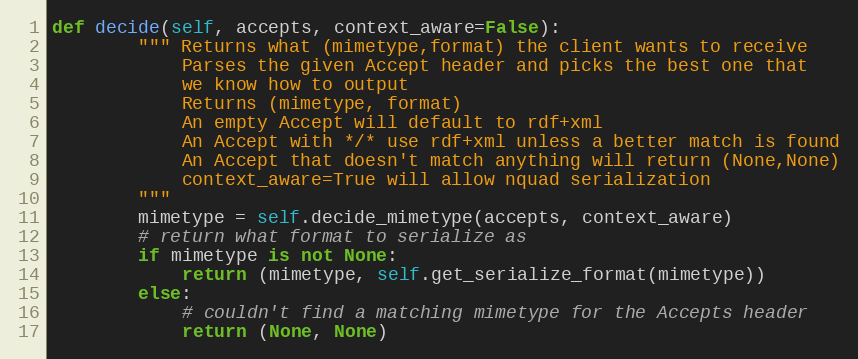
Language: Python
def decide(self, accepts, context_aware=False):
		""" Returns what (mimetype,format) the client wants to receive
		    Parses the given Accept header and picks the best one that
		    we know how to output
		    Returns (mimetype, format)
		    An empty Accept will default to rdf+xml
		    An Accept with */* use rdf+xml unless a better match is found
		    An Accept that doesn't match anything will return (None,None)
		    context_aware=True will allow nquad serialization
		"""
		mimetype = self.decide_mimetype(accepts, context_aware)
		# return what format to serialize as
		if mimetype is not None:
			return (mimetype, self.get_serialize_format(mimetype))
		else:
			# couldn't find a matching mimetype for the Accepts header
			return (None, None)